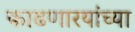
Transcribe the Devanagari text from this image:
काढणारयांच्या